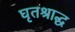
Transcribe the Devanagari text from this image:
घृतश्राद्ध